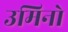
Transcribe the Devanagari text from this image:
उमिनो